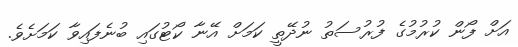
އަށް ފޯން ކުރުމުގެ ފުރުސަތު ނުދޭތީ ކަމަށް އޭނާ ކޯޓުގައި ބުނެފައިވާ ކަމަށެވެ.